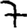
Digit: 7